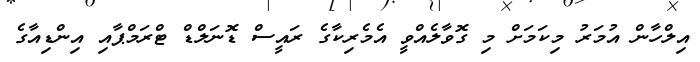
އިލްހާން އުމަރު މިކަމަށް މި ގޮވާލެއްވީ އެމެރިކާގެ ރައީސް ޑޮނަލްޑް ޓްރަމްޕާއި އިންޑިއާގެ